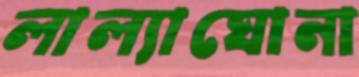
লাল্যাঘোনা